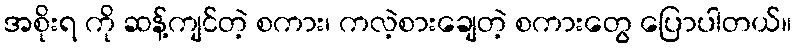
အစိုးရ ကို ဆန့်ကျင်တဲ့ စကား၊ ကလဲ့စားချေတဲ့ စကားတွေ ပြောပါတယ်။